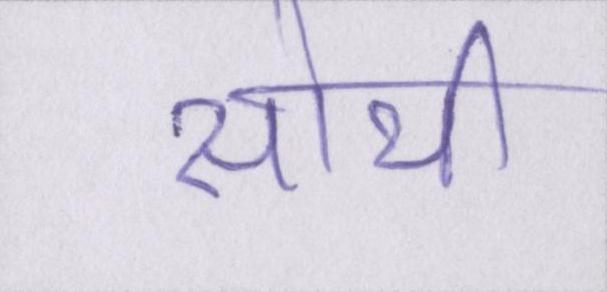
सोयी